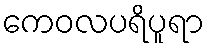
ကေဝလပရိပူရာ